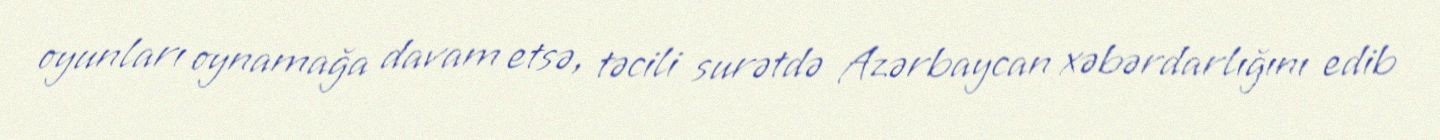
oyunları oynamağa davam etsə, təcili surətdə Azərbaycan xəbərdarlığını edib